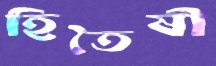
হিতৈষী